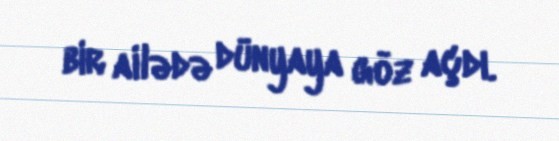
bir ailədə dünyaya göz açdı.